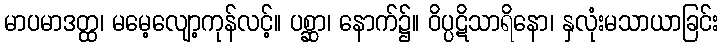
မာပမာဒတ္ထ၊ မမေ့လျော့ကုန်လင့်။ ပစ္ဆာ၊ နောက်၌။ ဝိပ္ပဋိသာရိနော၊ နှလုံးမသာယာခြင်း